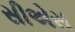
સીએસ